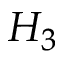
H _ { 3 }